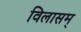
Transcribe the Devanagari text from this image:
विलासम्